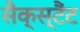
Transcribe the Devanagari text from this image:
सैक्स्टैंट